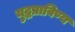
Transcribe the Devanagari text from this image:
युद्धप्राविण्य